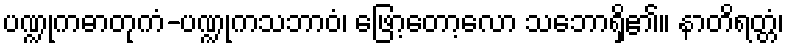
ပဏ္ဍုကဓာတုကံ-ပဏ္ဍုကသဘာဝံ၊ ဖြော့တော့လော သဘောရှိ၏။ နာတိရတ္တံ၊